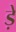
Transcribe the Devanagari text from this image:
ड़े